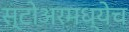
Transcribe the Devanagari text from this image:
स्टोअरमध्येच